Mental hospitals Bombay report 1921-28 - 1921-1928
Year: 1921
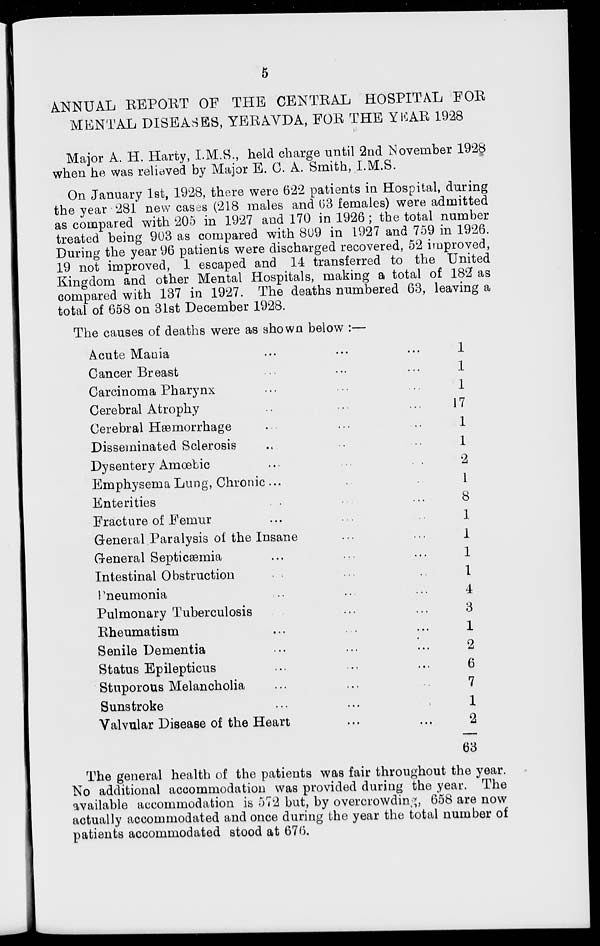
5
ANNUAL REPORT OF THE CENTRAL HOSPITAL FOR
MENTAL DISEASES, YERAVDA, FOR THE YEAR 1928
Major A. H. Harty, I.M.S., held charge until 2nd November 1928
when he was relieved by Major E.C. A. Smith, I.M.S.
On January 1st, 1928, there were 622 patients in Hospital, during
the year 281 new cases (218 males and 63 females) were admitted
as compared with 205 in 1927 and 170 in 1926; the total number
treated being 903 as compared with 809 in 1927 and 759 in 1926.
During the year 96 patients were discharged recovered, 52 improved,
19 not improved, 1 escaped and 14 transferred to the United
Kingdom and other Mental Hospitals, making a total of 182 as
compared with 137 in 1927. The deaths numbered 63, leaving a
total of 658 on 31st December 1928.
The causes of deaths were as shown below :—
Acute Mania ... ... ...
Cancer Breast ... ... ...
Carcinoma Pharynx ... ... ...
Cerebral Atrophy ... ... ...
Cerebral Hæmorrhage ... ... ...
Disseminated Sclerosis ... ... ...
Dysentery Amœbic ... ... ...
Emphysema Lung, Chronic ... ... ...
Enterities ... ... ...
Fracture of Femur ... ... ...
General Paralysis of the Insane... ... ...
General Septicæmia ... ... ...
Intestinal Obstruction ... ... ...
Pneumonia ... ... ...
Pulmonary Tuberculosis ... ... ...
Rheumatism ... ... ...
Senile Dementia ... ... ...
Status Epilepticus ... ... ...
Stuporous Melancholia ... ... ...
Sunstroke ... ... ...
Valvular Disease of the Heart... ... ...
1
1
1
17
1
1
2
1
8
1
1
1
1
4
3
1
2
6
7
1
2
63
The general health of the patients was fair throughout the year.
No additional accommodation was provided during the year. The
available accommodation is 572 but, by overcrowding, 658 are now
actually accommodated and once during the year the total number of
patients accommodated stood at 676.